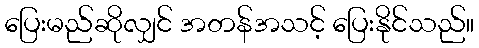
ပြေးမည်ဆိုလျှင် အတန်အသင့် ပြေးနိုင်သည်။